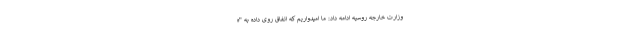
وزارت خارجه روسیه ادامه داد: ما امیدواریم که اتفاق روی داده به "ه